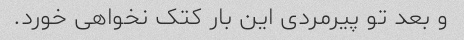
و بعد تو پیرمردی این بار کتک نخواهی خورد.